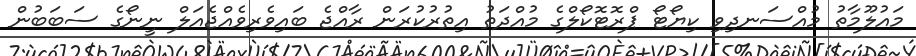
މައުލޫމާތު މުއްސަނދިވި ކިޔޯޓޯ ޕްރޮޓޮކޯލްގެ މުއްދަތު އިތުރުކުރަން ރާއްޖެ ބައިވެރިވެއްޖެއަލް ނީނޯގެ ސަބަބުން